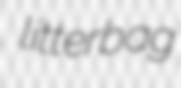
litterbag